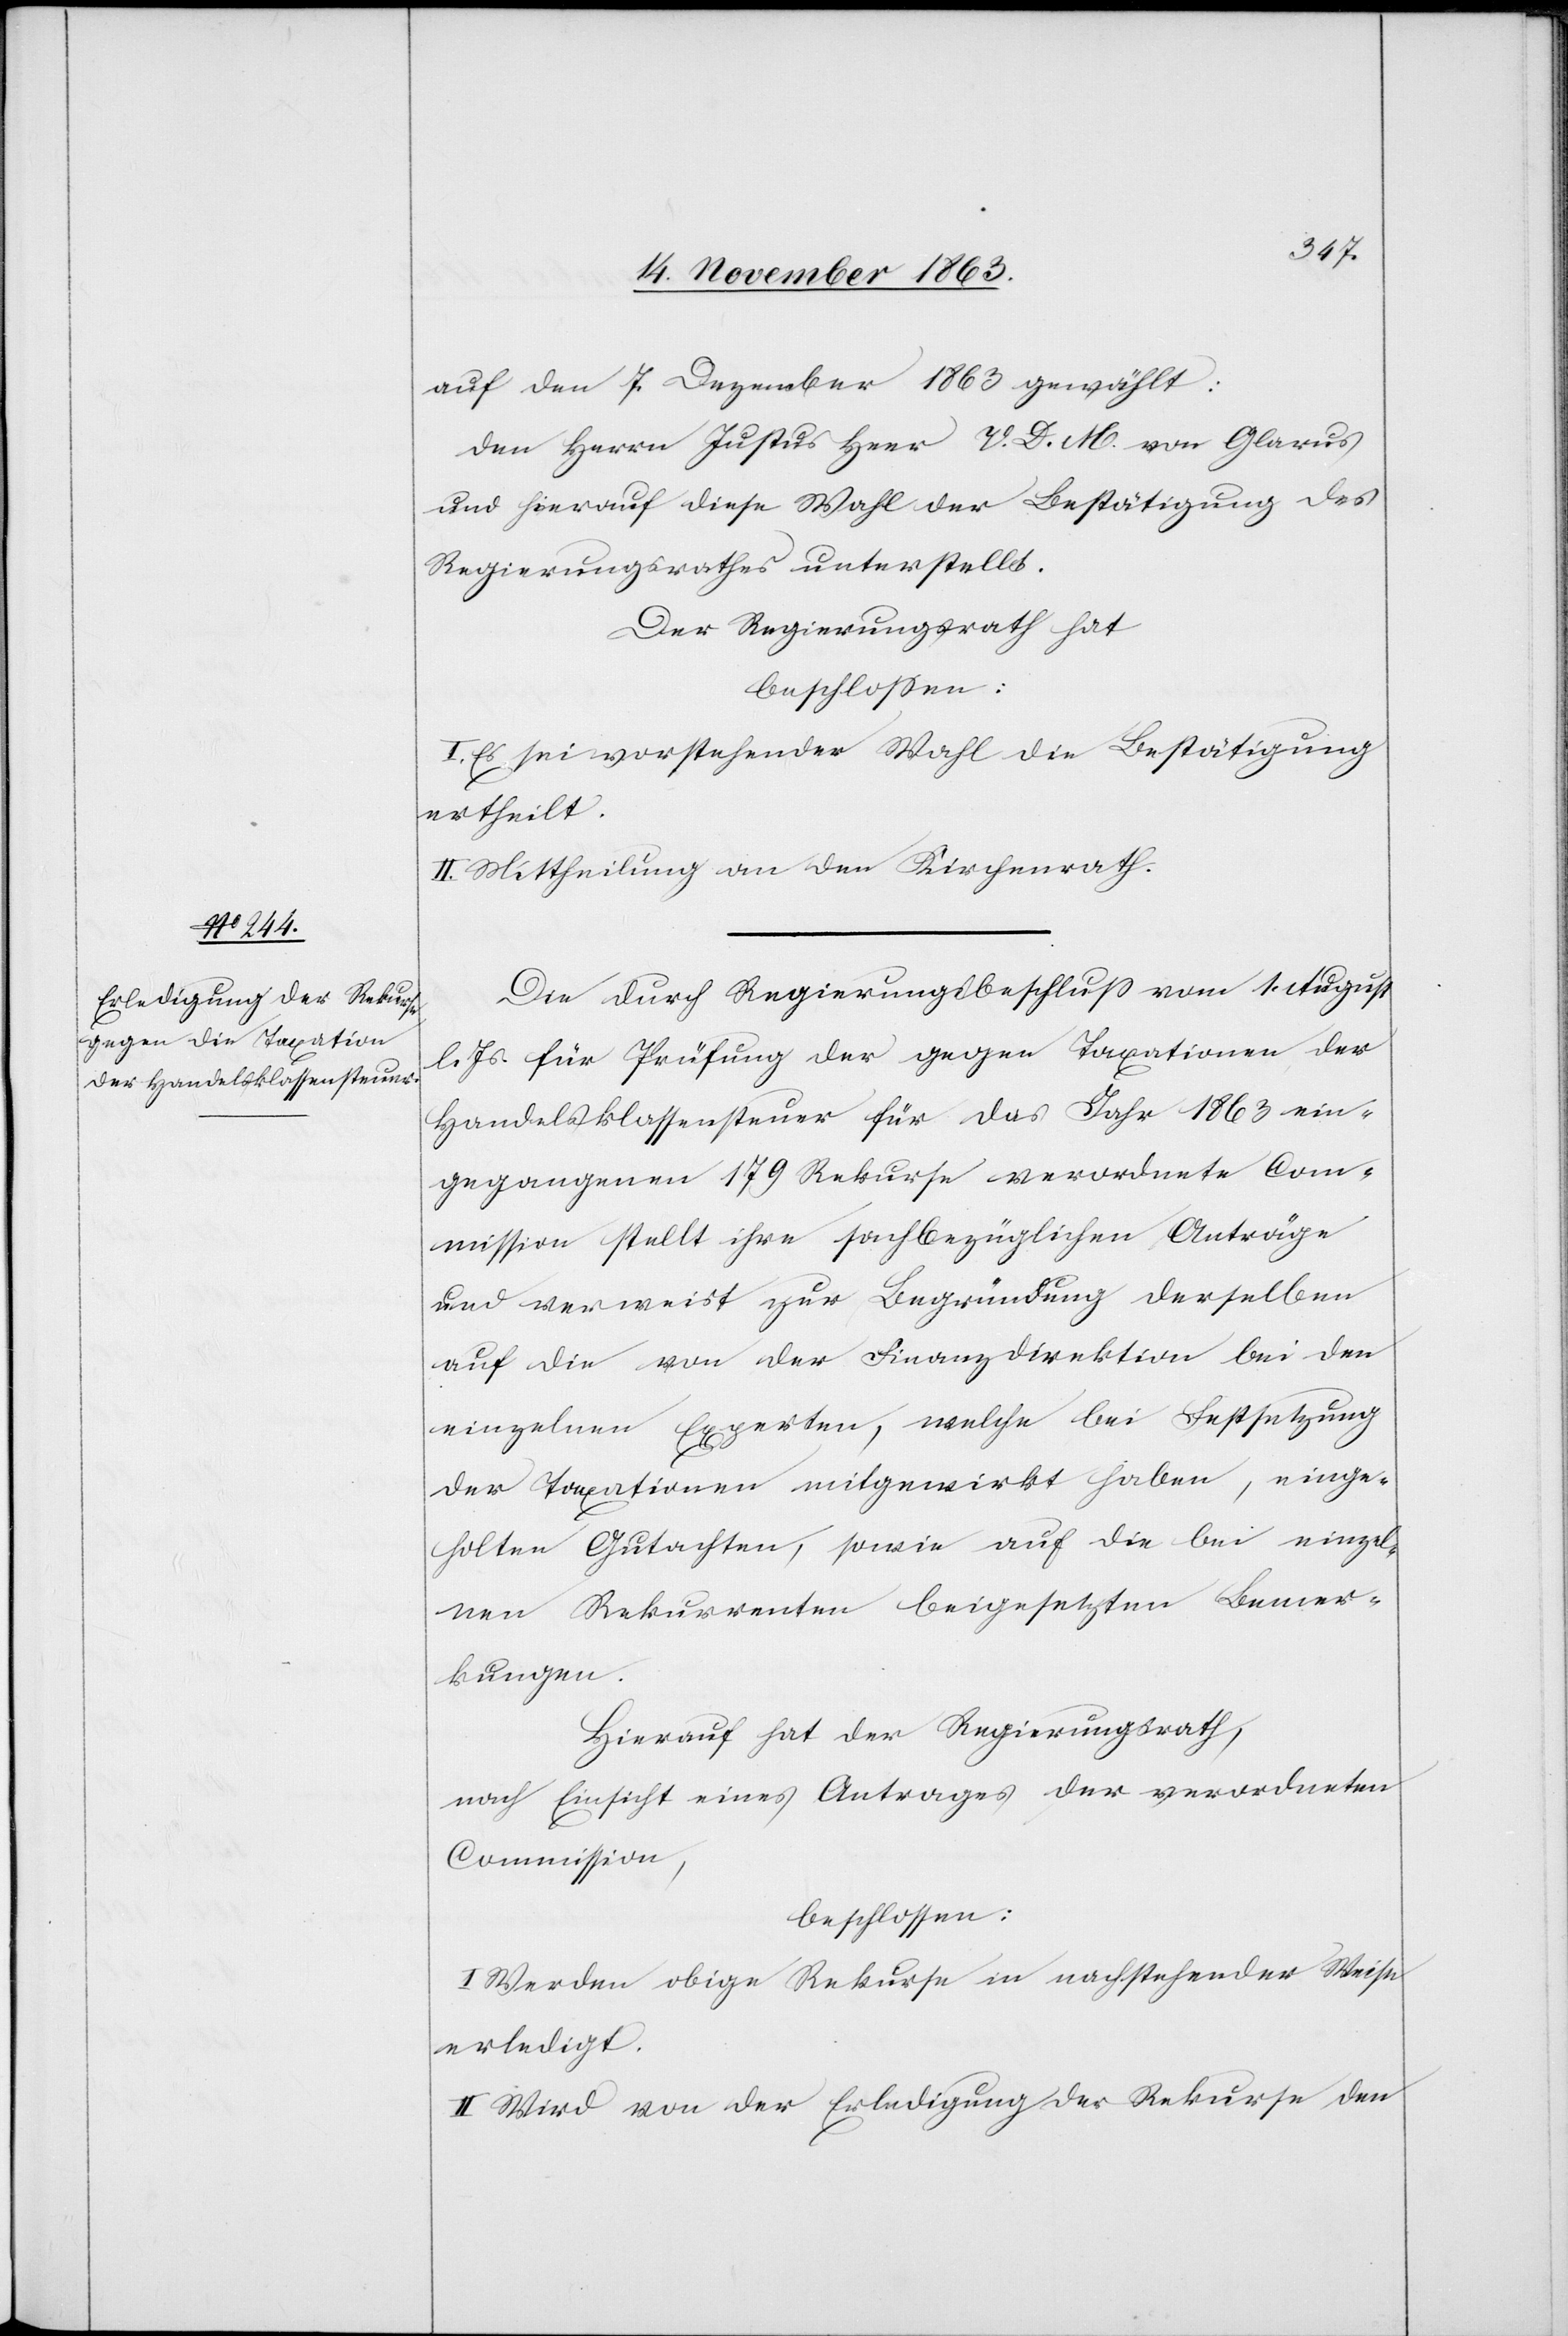
auf den 7. Dezember 1863 gewählt:
den Herrn Justus Heer V. D. M. von Glarus
und hierauf diese Wahl der Bestätigung des
Regierungsrathes unterstellt.
Der Regierungsrath hat
I. Es sei vorstehender Wahl die Bestätigung
ertheilt.
II. Mittheilung an den Kirchenrath.
Die durch Regierungsbeschluss vom 1. August
l. Js. für Prüfung der gegen Taxationen der
Handelsklassensteuer für das Jahr 1863 ein¬
gegangenen 179 Rekurse verordnete Com¬
mission stellt ihre sachbezüglichen Anträge
und verweist zur Begründung derselben
auf die von der Finanzdirektion bei den
einzelnen Experten, welche bei Festsetzung
der Taxationen mitgewirkt haben, einge¬
holten Gutachten, sowie auf die bei einzel¬
nen Rekurrenten beigesetzten Bemer¬
kungen.
Hierauf hat der Regierungsrath,
nach Einsicht eines Antrages der verordneten
Commission,
beschlossen:
I. Werden obige Rekurse in nachstehender Weise
erledigt.
II. Wird von der Erledigung der Rekurse den